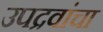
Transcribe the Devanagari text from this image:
उपद्रवांचा